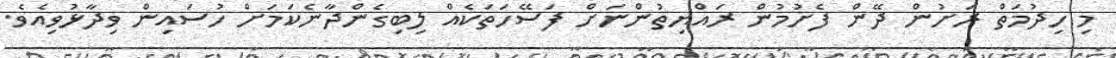
މި ހިދުމަތް ރަށުން ދޭން ފެށުމުން ރައްޔިތުންނަށް ފަސޭހަތަކެއް ލިބިގެންދާނެކަމަށް ހުސައިން ވިދާޅުވިއެވެ.